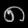
Digit: ၈